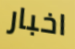
اخبار